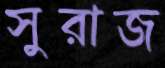
সুরাজ